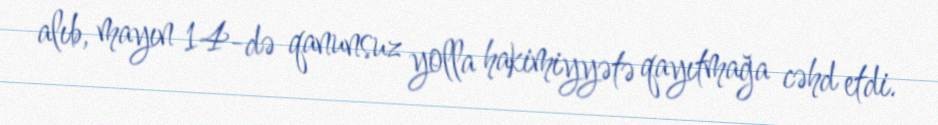
alıb, mayın 14-də qanunsuz yolla hakimiyyətə qayıtmağa cəhd etdi.